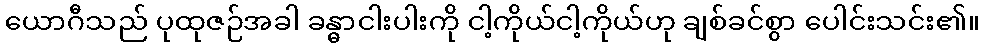
ယောဂီသည် ပုထုဇဉ်အခါ ခန္ဓာငါးပါးကို ငါ့ကိုယ်ငါ့ကိုယ်ဟု ချစ်ခင်စွာ ပေါင်းသင်း၏။